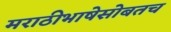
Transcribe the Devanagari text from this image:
मराठीभाषेसोबतच